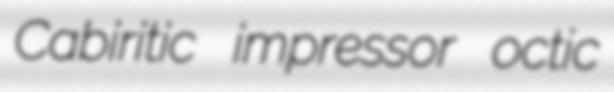
Cabiritic impressor octic